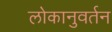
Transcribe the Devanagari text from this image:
लोकानुवर्तन